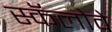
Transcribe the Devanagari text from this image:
स्कॅलोवे